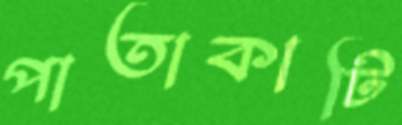
পাতাকাটি